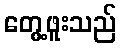
တွေ့ဖူးသည်